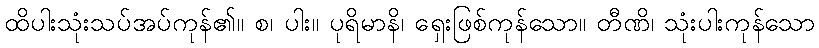
ထိပါးသုံးသပ်အပ်ကုန်၏။ စ၊ ပါး။ ပုရိမာနိ၊ ရှေးဖြစ်ကုန်သော။ တီဏိ၊ သုံးပါးကုန်သော